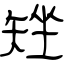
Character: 矬